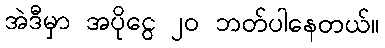
အဲဒီမှာ အပိုငွေ ၂၀ ဘတ်ပါနေတယ်။